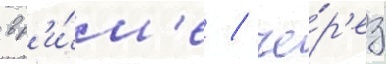
в р'и́м'е / че́р'ез